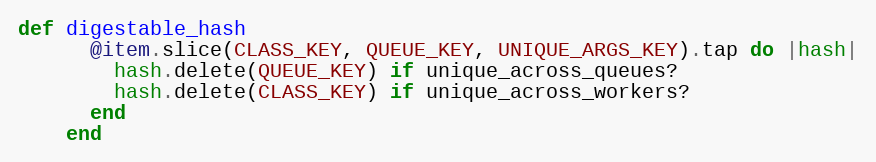
Language: Ruby
def digestable_hash
      @item.slice(CLASS_KEY, QUEUE_KEY, UNIQUE_ARGS_KEY).tap do |hash|
        hash.delete(QUEUE_KEY) if unique_across_queues?
        hash.delete(CLASS_KEY) if unique_across_workers?
      end
    end